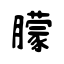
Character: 朦